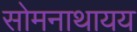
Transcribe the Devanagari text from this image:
सोमनाथायय